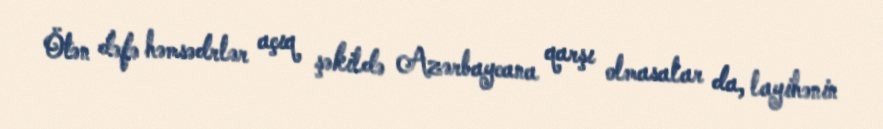
Ötən dəfə həmsədrlər açıq şəkildə Azərbaycana qarşı olmasalar da, layihənin